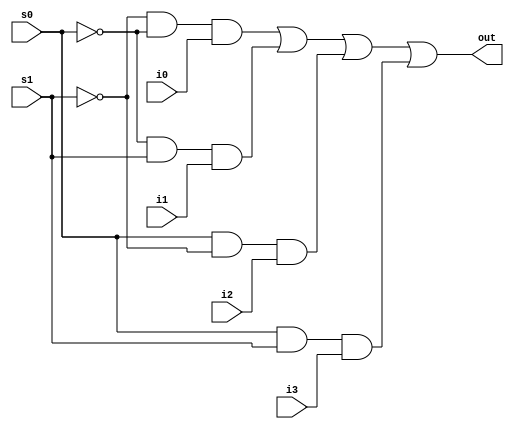
module mux4_1(out, i0, i1, i2, i3, s0, s1);
  output out;
  input i0, i1, i2, i3;
  input s0, s1;
  assign out = (~s1 & ~s0 & i0)| (~s0 & s1 & i1) | (s0 & ~s1 & i2) | (s0 & s1 & i3);  
endmodule